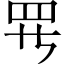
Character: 𱺵